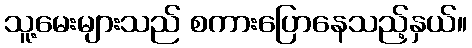
သူ့မေးများသည် စကားပြောနေသည့်နှယ်။